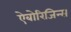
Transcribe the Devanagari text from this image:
ऐबोरिजिन्स